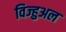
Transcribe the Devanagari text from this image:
विज्हुअल